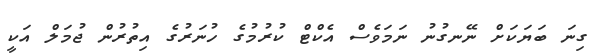
ގިނަ ބަޔަކަށް ނޭނގުނު ނަމަވެސް އެކްޓް ކުރުމުގެ ހުނަރުގެ އިތުރުން ޖުމަލް އަކީ